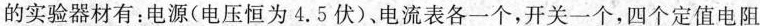
的实验器材有：电源(电压恒为4.5伏)、电流表各一个，开关一个，四个定值电阻